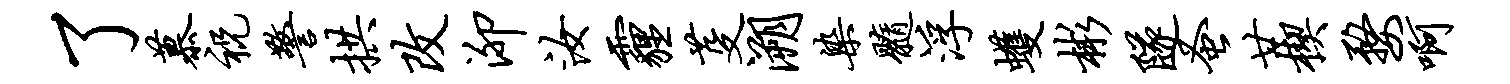
了慕祝警拱改泖汝霾芟溯染髓浮蠖彬隧蚤廿楔婺啊